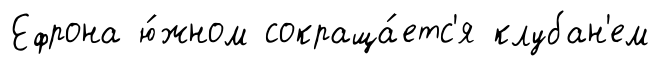
Ефрона ю́жном сокраща́етс'я клубан'ем